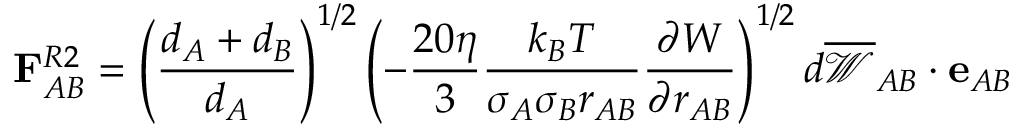
\mathbf { F } _ { A B } ^ { R 2 } = \left( \frac { d _ { A } + d _ { B } } { d _ { A } } \right) ^ { 1 / 2 } \left( - \frac { 2 0 \eta } { 3 } \frac { k _ { B } T } { \sigma _ { A } \sigma _ { B } r _ { A B } } \frac { \partial { W } } { \partial { r _ { A B } } } \right) ^ { 1 / 2 } d \overline { { \mathscr { W } } } _ { A B } \cdot \mathbf { e } _ { A B }